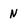
Character: n